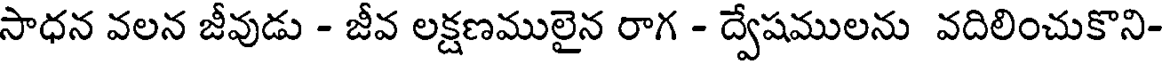
సాధన వలన జీవుడు - జీవ లక్షణములైన రాగ - ద్వేషములను వదిలించుకొని-